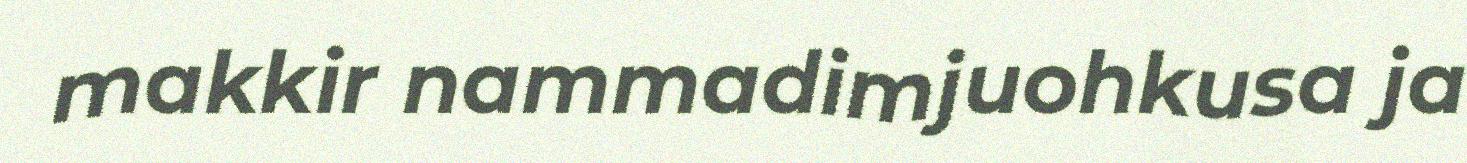
makkir nammadimjuohkusa ja